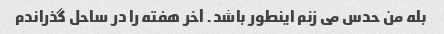
بله من حدس می زنم اینطور باشد. آخر هفته را در ساحل گذراندم